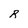
Character: R